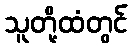
သူတို့ထံတွင်